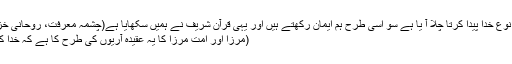
ایک نوع کے بعد دوسری نوع خدا پیدا کرتا چلا آ یا ہے سو اسی طرح ہم ایمان رکھتے ہیں اور یہی قرآن شریف نے ہمیں سکھایا ہے(چشمہ معرفت، روحانی خزائن جلد 23 صفحہ 168)
(مرزا اور امت مرزا کا یہ عقیدہ آریوں کی طرح کا ہے کہ خدا کے ساتھ عالم بھی قدیم ہے۔